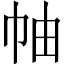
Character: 𢂎